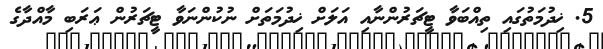
5. ޚިދުމަތުގައި ތިއްބަވާ ޓީޗަރުންނާއި އަލަށް ޚިދުމަތަށް ނުކުންނަވާ ޓީޗަރުން ޢަރަބި މާއްދާގެ